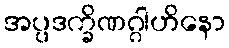
အပ္ပဒက္ခိဏဂ္ဂါဟိနော